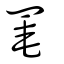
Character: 罨